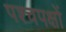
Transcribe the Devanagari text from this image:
पश्चपक्षों